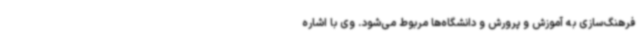
فرهنگ‌سازی به آموزش و پرورش و دانشگاه‌ها مربوط می‌شود. وی با اشاره